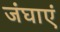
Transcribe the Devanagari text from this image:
जंघाएं